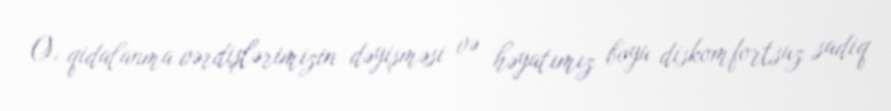
O, qidalanma vərdişlərimizin dəyişməsi və həyatımız boyu diskomfortsuz sadiq